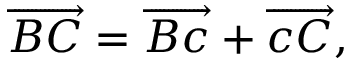
\overrightarrow { B C } = \overrightarrow { B c } + \overrightarrow { c C } ,